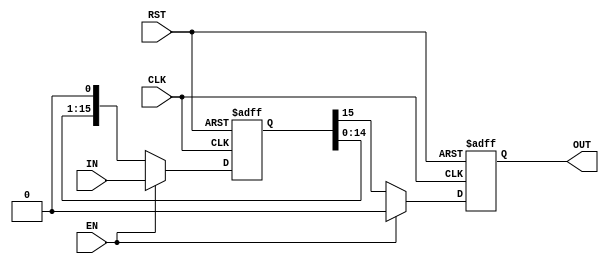
//-----------------------------------------------------------------------------------------------------------------------------------------------------------------------------------
// Purpose: Feed the inputs parallelly in 1 clock, when EN is high, 
// Concept: Design a 16 bit deep FF based parallel in serial out, use the asynchronous negative edge to reset
//
// Owner: Rohit Kumar Singh
//-----------------------------------------------------------------------------------------------------------------------------------------------------------------------------------


`timescale 1ns/1ns

module PISO (OUT, CLK, RST, EN, IN);
input wire [15:0]IN;
output reg OUT;
input CLK;
input RST;
input EN;
reg [15:0] temp;

always@(posedge CLK or negedge RST)
begin
temp<=16'b0;
if (!RST)
begin
OUT<=1'b0;
end
else
begin
if(EN)
begin
temp<=IN;
OUT<=0;
end
else 
begin
OUT<=temp[15];
temp<=temp<<1;
end
end
end

endmodule